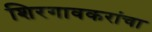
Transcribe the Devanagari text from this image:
शिरगावकरांचा